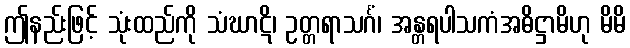
ဤနည်းဖြင့် သုံးထည်ကို သံဃာဋိ၊ ဥတ္တရာသင်္ဂံ၊ အန္တရပါသကံအဓိဋ္ဌာမိဟု မိမိ